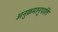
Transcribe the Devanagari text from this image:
अनुक्रमानुपाति